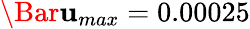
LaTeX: \Bar{\mathbf{u}}_{max}=0.00025